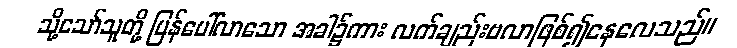
သို့သော်သူတို့ ပြန်ပေါ်လာသော အခါ၌ကား လက်ချည်းဗလာဖြစ်၍နေလေသည်။